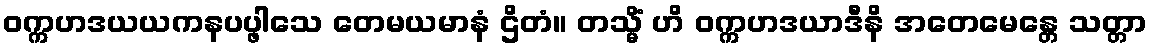
ဝက္ကဟဒယယကနပပ္ဖါသေ တေမယမာနံ ဌိတံ။ တသ္မိံ ဟိ ဝက္ကဟဒယာဒီနိ အတေမေန္တေ သတ္တာ